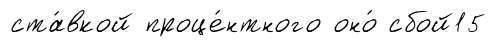
ста́вкой проце́нтного оно́ сбой15